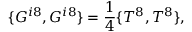
\{ G ^ { i 8 } , G ^ { i 8 } \} = { \frac { 1 } { 4 } } \{ T ^ { 8 } , T ^ { 8 } \} ,